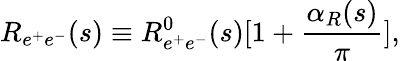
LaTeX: R_{e^{+}e^{-}}(s)\equiv R_{e^{+}e^{-}}^{0}(s)[1+{\frac{\alpha_{R}(s)}{\pi}}],